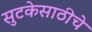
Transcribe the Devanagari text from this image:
सुटकेसाठीचे